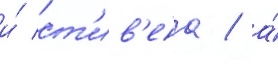
и́ ст'ив'ена / а́